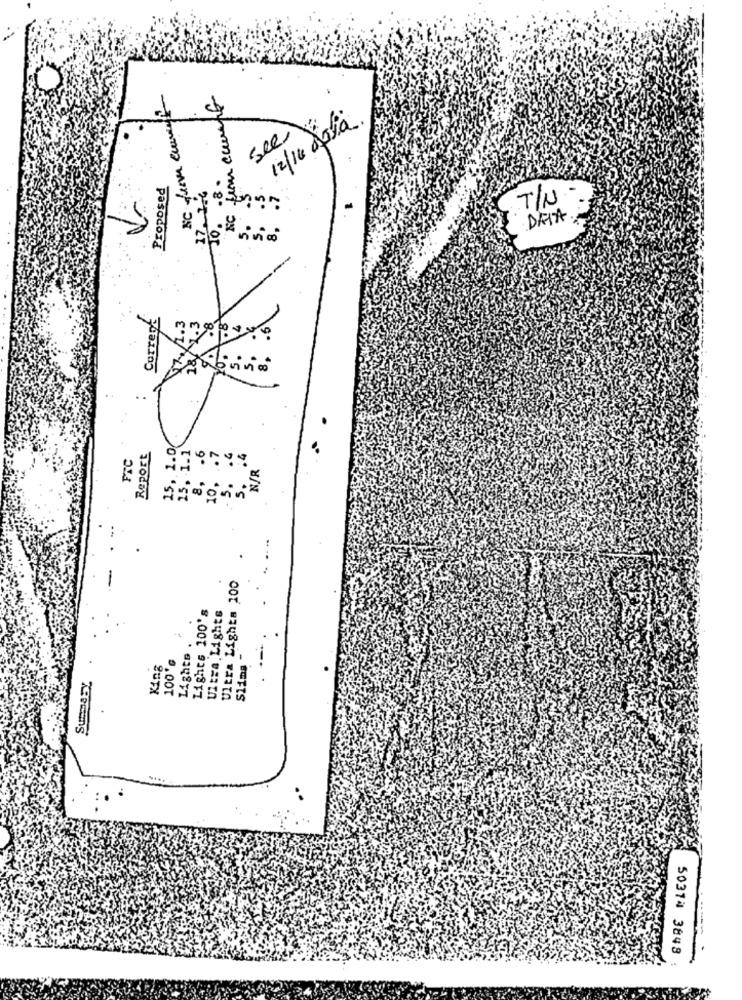
from counts
12/14 doya.
see
2 .8 .
Proposed
17. 1.4
-
NC
T/U
10.
DATA
Current
.3
15, 1.0/
15, 1.1
FTC
Report
8, . 6
.. 7
.4
10,
N/R
5.
5.
Ultra Lighta 100
Lights 100's
Ultra Lights
Lights
100℃
King
Slims
Summaby
50374 3848